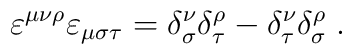
\varepsilon ^{\mu \nu \rho }\varepsilon _{\mu \sigma \tau }=\delta _\sigma^\nu \delta _\tau ^\rho -\delta _\tau ^\nu \delta _\sigma ^\rho \;.